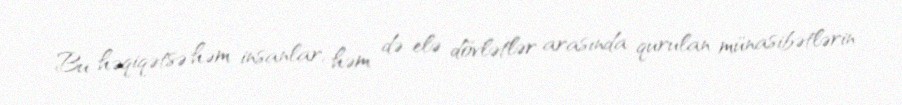
Bu həqiqətsə həm insanlar, həm də elə dövlətlər arasında qurulan münasibətlərin